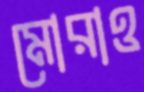
মোরাও